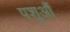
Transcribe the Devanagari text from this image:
पशुऔं